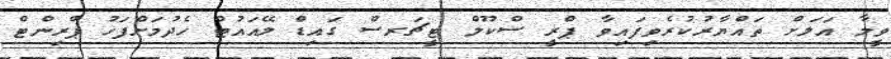
ވީމާ އަލަށް ތައްޔާރުކުރެވިފައިވާ ޕްރީ ސްކޫލް ޓީޗަރސް ގައިޑް ލޭއައުޓް ހެދުމަށްފަހު ޕްރިންޓް